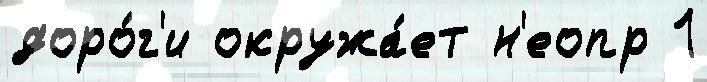
доро́г'и окружа́ет н'еопр 1